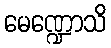
မေဏ္ဍောသိ